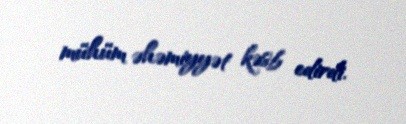
mühüm əhəmiyyət kəsb edirdi.